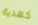
كهدية